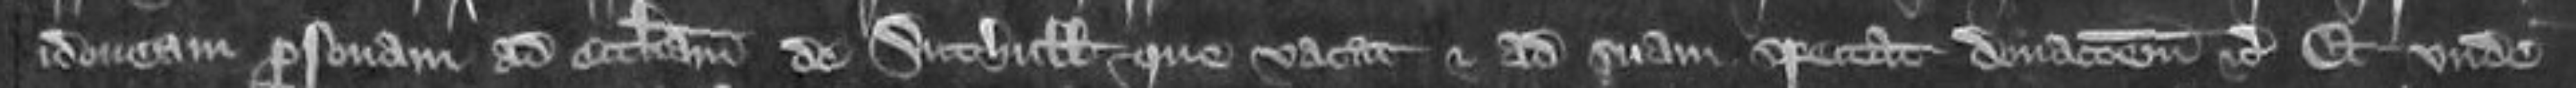
idoneam personam ad ecclesiam de Suthill que vacat et ad suam spectat donacionem etc Et unde